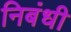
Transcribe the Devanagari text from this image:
निबंधी